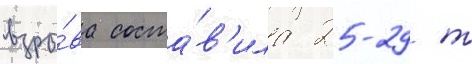
взры́ва соста́в'ила 25-29 т